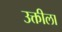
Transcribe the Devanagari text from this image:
उक्तीला